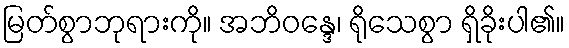
မြတ်စွာဘုရားကို။ အဘိဝန္ဒေ၊ ရိုသေစွာ ရှိခိုးပါ၏။